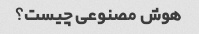
هوش مصنوعی چیست؟